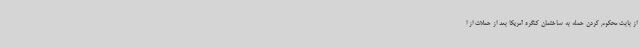
از بابت محکوم کردن حمله به ساختمان کنگره آمریکا بعد از حملات از ا